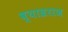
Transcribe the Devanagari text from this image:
व्याघ्रराज